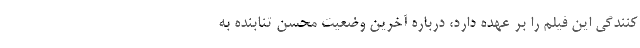
کنندگی این فیلم را بر عهده دارد، درباره آخرین وضعیت محسن تنابنده به